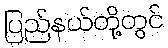
ပြည်နယ်တို့တွင်